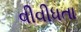
વીવીધતા